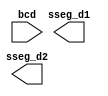
module display( input [7:0] bcd, output [6:0] sseg_d1, output [6:0] sseg_d2);

// tambien colocar las seales de control que hacen falta en el bloque ejemplo clk
//colocar aca el codigo que hace falta y que ya lo tienen de los 3 laboratorios anteriores

endmodule